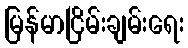
မြန်မာငြိမ်းချမ်းရေး